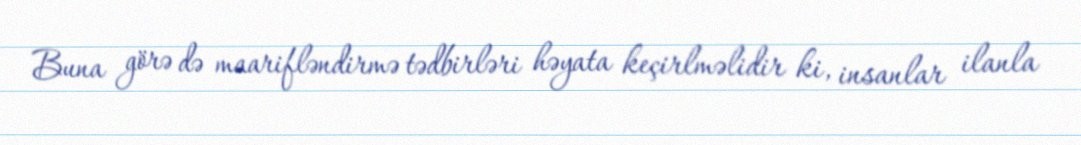
Buna görə də maarifləndirmə tədbirləri həyata keçirlməlidir ki, insanlar ilanla